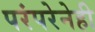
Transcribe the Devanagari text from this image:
परंपरेनेही